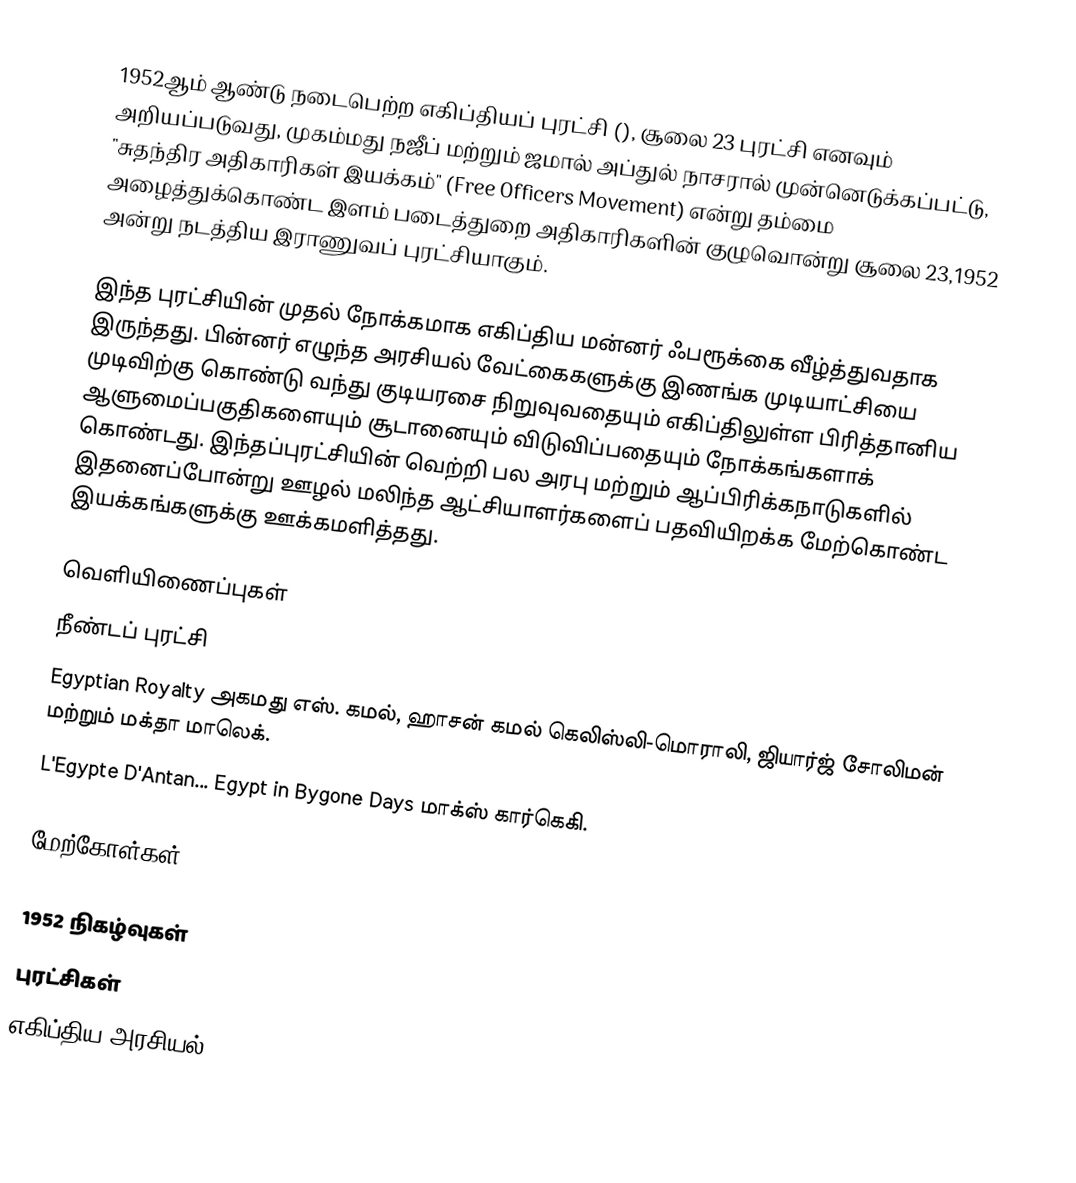
1952ஆம் ஆண்டு நடைபெற்ற எகிப்தியப் புரட்சி (), சூலை 23 புரட்சி எனவும் அறியப்படுவது, முகம்மது நஜீப் மற்றும் ஜமால் அப்துல் நாசரால் முன்னெடுக்கப்பட்டு, "சுதந்திர அதிகாரிகள் இயக்கம்" (Free Officers Movement) என்று தம்மை அழைத்துக்கொண்ட இளம் படைத்துறை அதிகாரிகளின் குழுவொன்று சூலை 23,1952 அன்று நடத்திய இராணுவப் புரட்சியாகும்.

இந்த புரட்சியின் முதல் நோக்கமாக எகிப்திய மன்னர் ஃபரூக்கை வீழ்த்துவதாக இருந்தது. பின்னர் எழுந்த அரசியல் வேட்கைகளுக்கு இணங்க முடியாட்சியை முடிவிற்கு கொண்டு வந்து குடியரசை நிறுவுவதையும் எகிப்திலுள்ள பிரித்தானிய ஆளுமைப்பகுதிகளையும் சூடானையும் விடுவிப்பதையும் நோக்கங்களாக் கொண்டது. இந்தப்புரட்சியின் வெற்றி பல அரபு மற்றும் ஆப்பிரிக்கநாடுகளில் இதனைப்போன்று ஊழல் மலிந்த ஆட்சியாளர்களைப் பதவியிறக்க மேற்கொண்ட இயக்கங்களுக்கு ஊக்கமளித்தது.

வெளியிணைப்புகள்
 நீண்டப் புரட்சி
 Egyptian Royalty அகமது எஸ். கமல், ஹாசன் கமல் கெலிஸ்லி-மொராலி, ஜியார்ஜ் சோலிமன் மற்றும் மக்தா மாலெக்.
 L'Egypte D'Antan... Egypt in Bygone Days   மாக்ஸ் கார்கெகி.

மேற்கோள்கள்

1952 நிகழ்வுகள்
புரட்சிகள்
எகிப்திய அரசியல்